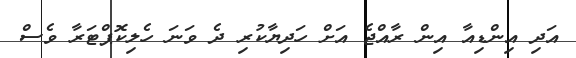
އަދި އިންޑިއާ އިން ރާއްޖެ އަށް ހަދިޔާކުރި ދެ ވަނަ ހެލިކޮޕްޓަރާ ވެސް